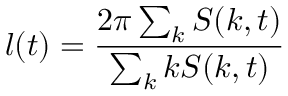
l ( t ) = \frac { 2 \pi \sum _ { k } S ( k , t ) } { \sum _ { k } k S ( k , t ) }